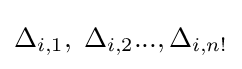
\Delta _{i,1},\;\Delta _{i,2}...,\Delta _{i,n!}